Vital statistics of India. Vol. IV, Annual returns from 1871 to 1876. British Army of India, Native Army and jails of Bengal
Year: 1871
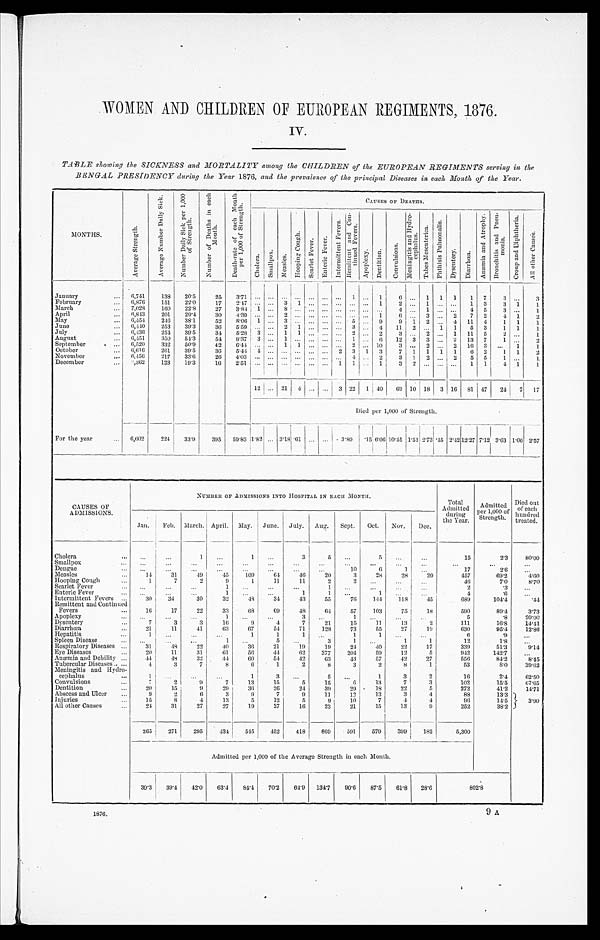
WOMEN AND CHILDREN OF EUROPEAN REGIMENTS, 1876.
IV.
TABLE showing the SICKNESS and MORTALITY among the CHILDREN of the EUROPEAN REGIMENTS serving in the
BENGAL PRESIDENCY during the Year 1876, and the prevalence of the principal Diseases in each Month of the Year.
MONT HS.
A v e r a g e S t r e n g t h .
A v e r a g e N u m b e r D a i l y S i c k . N u m b e r D a i l y S i c k p e r 1 , 0 0 0 o f S t r e n g t h . N u m b e r o f e a c h M o n t h p e r 1 , 0 0 0 o f S t r e n g t h . C h o l e r a .
C A U S E S O F D E A T H S .
S m a l l p o x . M e a s l e s . H o o p i n g C o u g h .
S c a r l e t F e v e r . c n E n t e r i c F e v e r . I n t e r m i t t e n t F E v e r s . , R E m i t t e n t a n d C o n - t i n u e d F e v e r s .
A p o p l e x y . D e n t i t o n . C o n v u l s i o n .
M e n i n g i t i s a n d H y d r o - c e p h a l u s .
T n b e s M e s e n t e r i e a . p h t h i s i s p u l m o n a l i s .
D y s e n t e r y .
D i a r r h œ œ a .
A n æ æ m i a a n d A t r o p h y . B r o n c h i t i s a n d p n e u - m o n i a .
C r o u p a n d D i p h t h e r i a .
A l l O t h e r C u a s e s . r
January
6 7 4 1 138 20. 5 25 3. 71
1 6 1 1 1 1 1 7 3
3
February
6 , 8 7 6 151 22. 0 17 2. 47
...... 1 2 1
1 3 3 1 1
March
7, 028 160 22. 8 27 3.84 1 8
3
1
Apri l
6 , 8 4 3 201 29. 4 30
4 . 3 9
1 6 3 2 I 7 2 4 1 2
May
6 , 4 5 4 246 38. 1 52
8 . 0 6 1 3
5 9 9 1 2 4 11 4 1 1 1
June
6 , 4 4 0 253 39. 3 36 5.59
2 1
3 4 11 2 1 1 5 3 1 1 1
Jul y
6 , 4 3 6 254 39. 5 34 5. 28 3 1 1
2 2 3 2 1 11 5 2
1
August
6, 451 350 54. 3 54 8.37I 3 1
1
6 12 3 3 2 13 7 1
2
Sept ember
6 , 5 2 0 332 50. 9 42
6 . 4 4
1 1
2
1 0 3 2 2 16 3
1 1
Oct ober
6 , 6 1 6 261 39. 5 39 5. 44 4 1
2 3 1 3 7 1 1 1 1 6 2 1 1
2
November
6 , 4 5 6
, 217 33. 6
2 6 4 . 0 3
3 1 2 2 5 5 1
1
December
3 , 3 6 2 123 19. 3 162.51
1 1 1 3 2
1 1 4 1 1
12 21 4
3 22 1 1 4 0 69 10 18 316 81 17 24 7 17
Died per 1,000 of Strength. •
For the year
6, 602 224 33. 9 395 59. 83 1. 82 3. 18 i
1 . 8 2
• •
3 8 0
. 1 5 6 . 0 6 10. 45 1. 51 2. . 73. 45 2. 42 12. 27 7 . 1 2 3. 63 1 . 0 6 2. 57
CAUSES OF
ADMISSIONS.
NUMBER OF ADMI SSI ONS I NTO HOSPI TAL I N EACH MONTH.
Total
Admi tted
duri ng
t he Year.
Admi tted
per 1,)00 of
St rengt h.
Di ed out
of each
hundred t reat ed.
.
Jan. Feb. March. Apri l . May. June. Jul y. Aug. Sept . Oct . Nov. Dec.
Chol era
I
1
3 5
5
15
2.3 8 0 . 0 0
Smal l pox
Dengue
10
6 1
17
2.6
Measl es
14 31 49 I 45 109
6 4 46 20 3 28 28 20
457
6 9 . 2 4 . 6 0
Hopping Cough 1 7
2 9 1 11 11 2
46
7.8
8 . 7 0
Scarl et Fever
1
1
2
.3
Enteric Fever
]
4
. 3
Intermi ttent Fevers
30 34 30 32 48 34 43 55 76 144 118 45
689 104. 4
. 4 4
Remi ttent and Conti nued
Fevers
16 17 22 33 68
6 9 48
6 4 57 103 75 18
590
89.4 3 . 7 3
Apopl exy
3
5
. 8 20' 00
Dysent ery
7 3 3 16 . 9 4 7 21 15 11 13 2
111
16.8 1111
Di arrhœa
21 11 41
6 3 67 54 71 128 73 55 27 I 19
630
9 5 . 4 1 2 . 8 6
Hepati ti s
1
1 1 1
1
6
. 9
Spl een Di sease
. . .
3
1 1
12
1.8
Respi rat ory Di seases
31 48 22 40 36 21 19 10 24 40 22 I17
339 51.3
9 . 1 4
Eye Diseases...
2 0 11 31 61 56 44 62 377 204 59 12 5
942 142. 7
Anæmi a and Debi l i ty 44 48 35 44
'
60 54
4 2 63 43 57 42 27
556
8 4 . ' 2
. 8 . 4 5
Tubercul ar Di seases
4 3 7 8 6 1 2 8 3 2 8 1
53
8 . 0 3 9 . 6 2
Meni ngi ti s and Hydro-
cephal us
1 3
1 3 2
16
2.4 6 2 . 5 0
Convul si ons
7 2 9 7 13 15 5 15 6 13 7 3
102
15.5
6 7 . 6 5
Denti ti on
2 0 15 9 29 36 26 24 39 29 18 22 5
272
41.2 1 4 . 7 1
Abscess aud Ul cer
9 2 6 3 9 7 9 11 i 12 13 3 4
88
13.3
Inj uri es
15 8 4 13 5 12 5 9 10 7 4
4
9 6 14.5 3 . 9 0
All other Causes. • • •
2 4 31 27 27 19 27 16 23 21 15
_
13 9
252
38' 2
965 I 271 295 434 515 45 2 418 809 591 579 399 I182 5, 300
Admi tted per 1,000 of the Average Strength i n each Month,
39. 3 39' 4 42.0 6 3 . 4 84. 4 70.2 64.9 134. 7 90' 6 87' 5 61,8 28' 6
802' 8
1876.
9 A